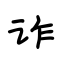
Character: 诈